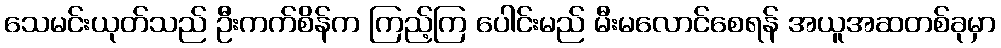
သေမင်းယုတ်သည် ဦးကက်စိန်က ကြည့်ကြ ပေါင်းမည် မီးမလောင်စေရန် အယူအဆတစ်ခုမှာ